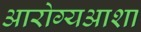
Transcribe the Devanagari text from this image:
आरोग्यआशा